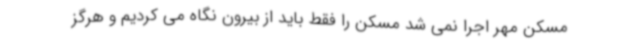
مسکن مهر اجرا نمی شد مسکن را فقط باید از بیرون نگاه می کردیم و هرگز